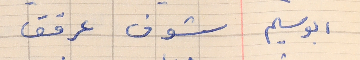
ابوسليم     شوف عرقق  . .